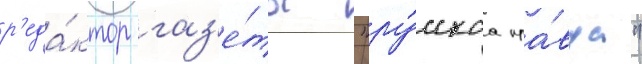
р'еда́ктор газ'е́ты "ру́сскаа пра́вда"